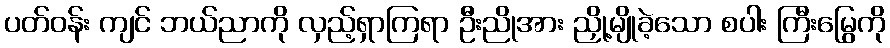
ပတ်ဝန်း ကျင် ဘယ်ညာကို လှည့်ရှာကြရာ ဦးညိုအား ညှို့မျိုခဲ့သော စပါး ကြီးမြွေကို